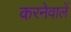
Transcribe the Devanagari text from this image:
करनेवालें